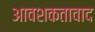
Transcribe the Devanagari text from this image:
आवशकतावाद